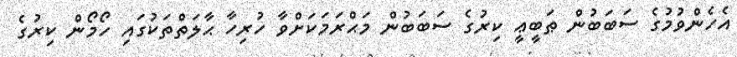
އެހެންވުމުގެ ސަބަބުން ޠަބީޢީ ކިރުގެ ސަބަބުން މަޙްރަމަކަށްވާ ހުރިހާ ޙާލަތްތަކުގައި ހޯމޯން ކިރުގެ